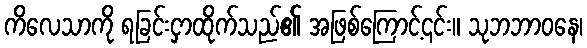
ကိလေသာကို ရခြင်းငှာထိုက်သည်၏ အဖြစ်ကြောင့်၎င်း။ သုဘဘာဝနေ၊